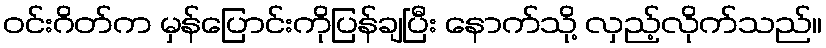
ဝင်းဂိတ်က မှန်ပြောင်းကိုပြန်ချပြီး နောက်သို့ လှည့်လိုက်သည်။